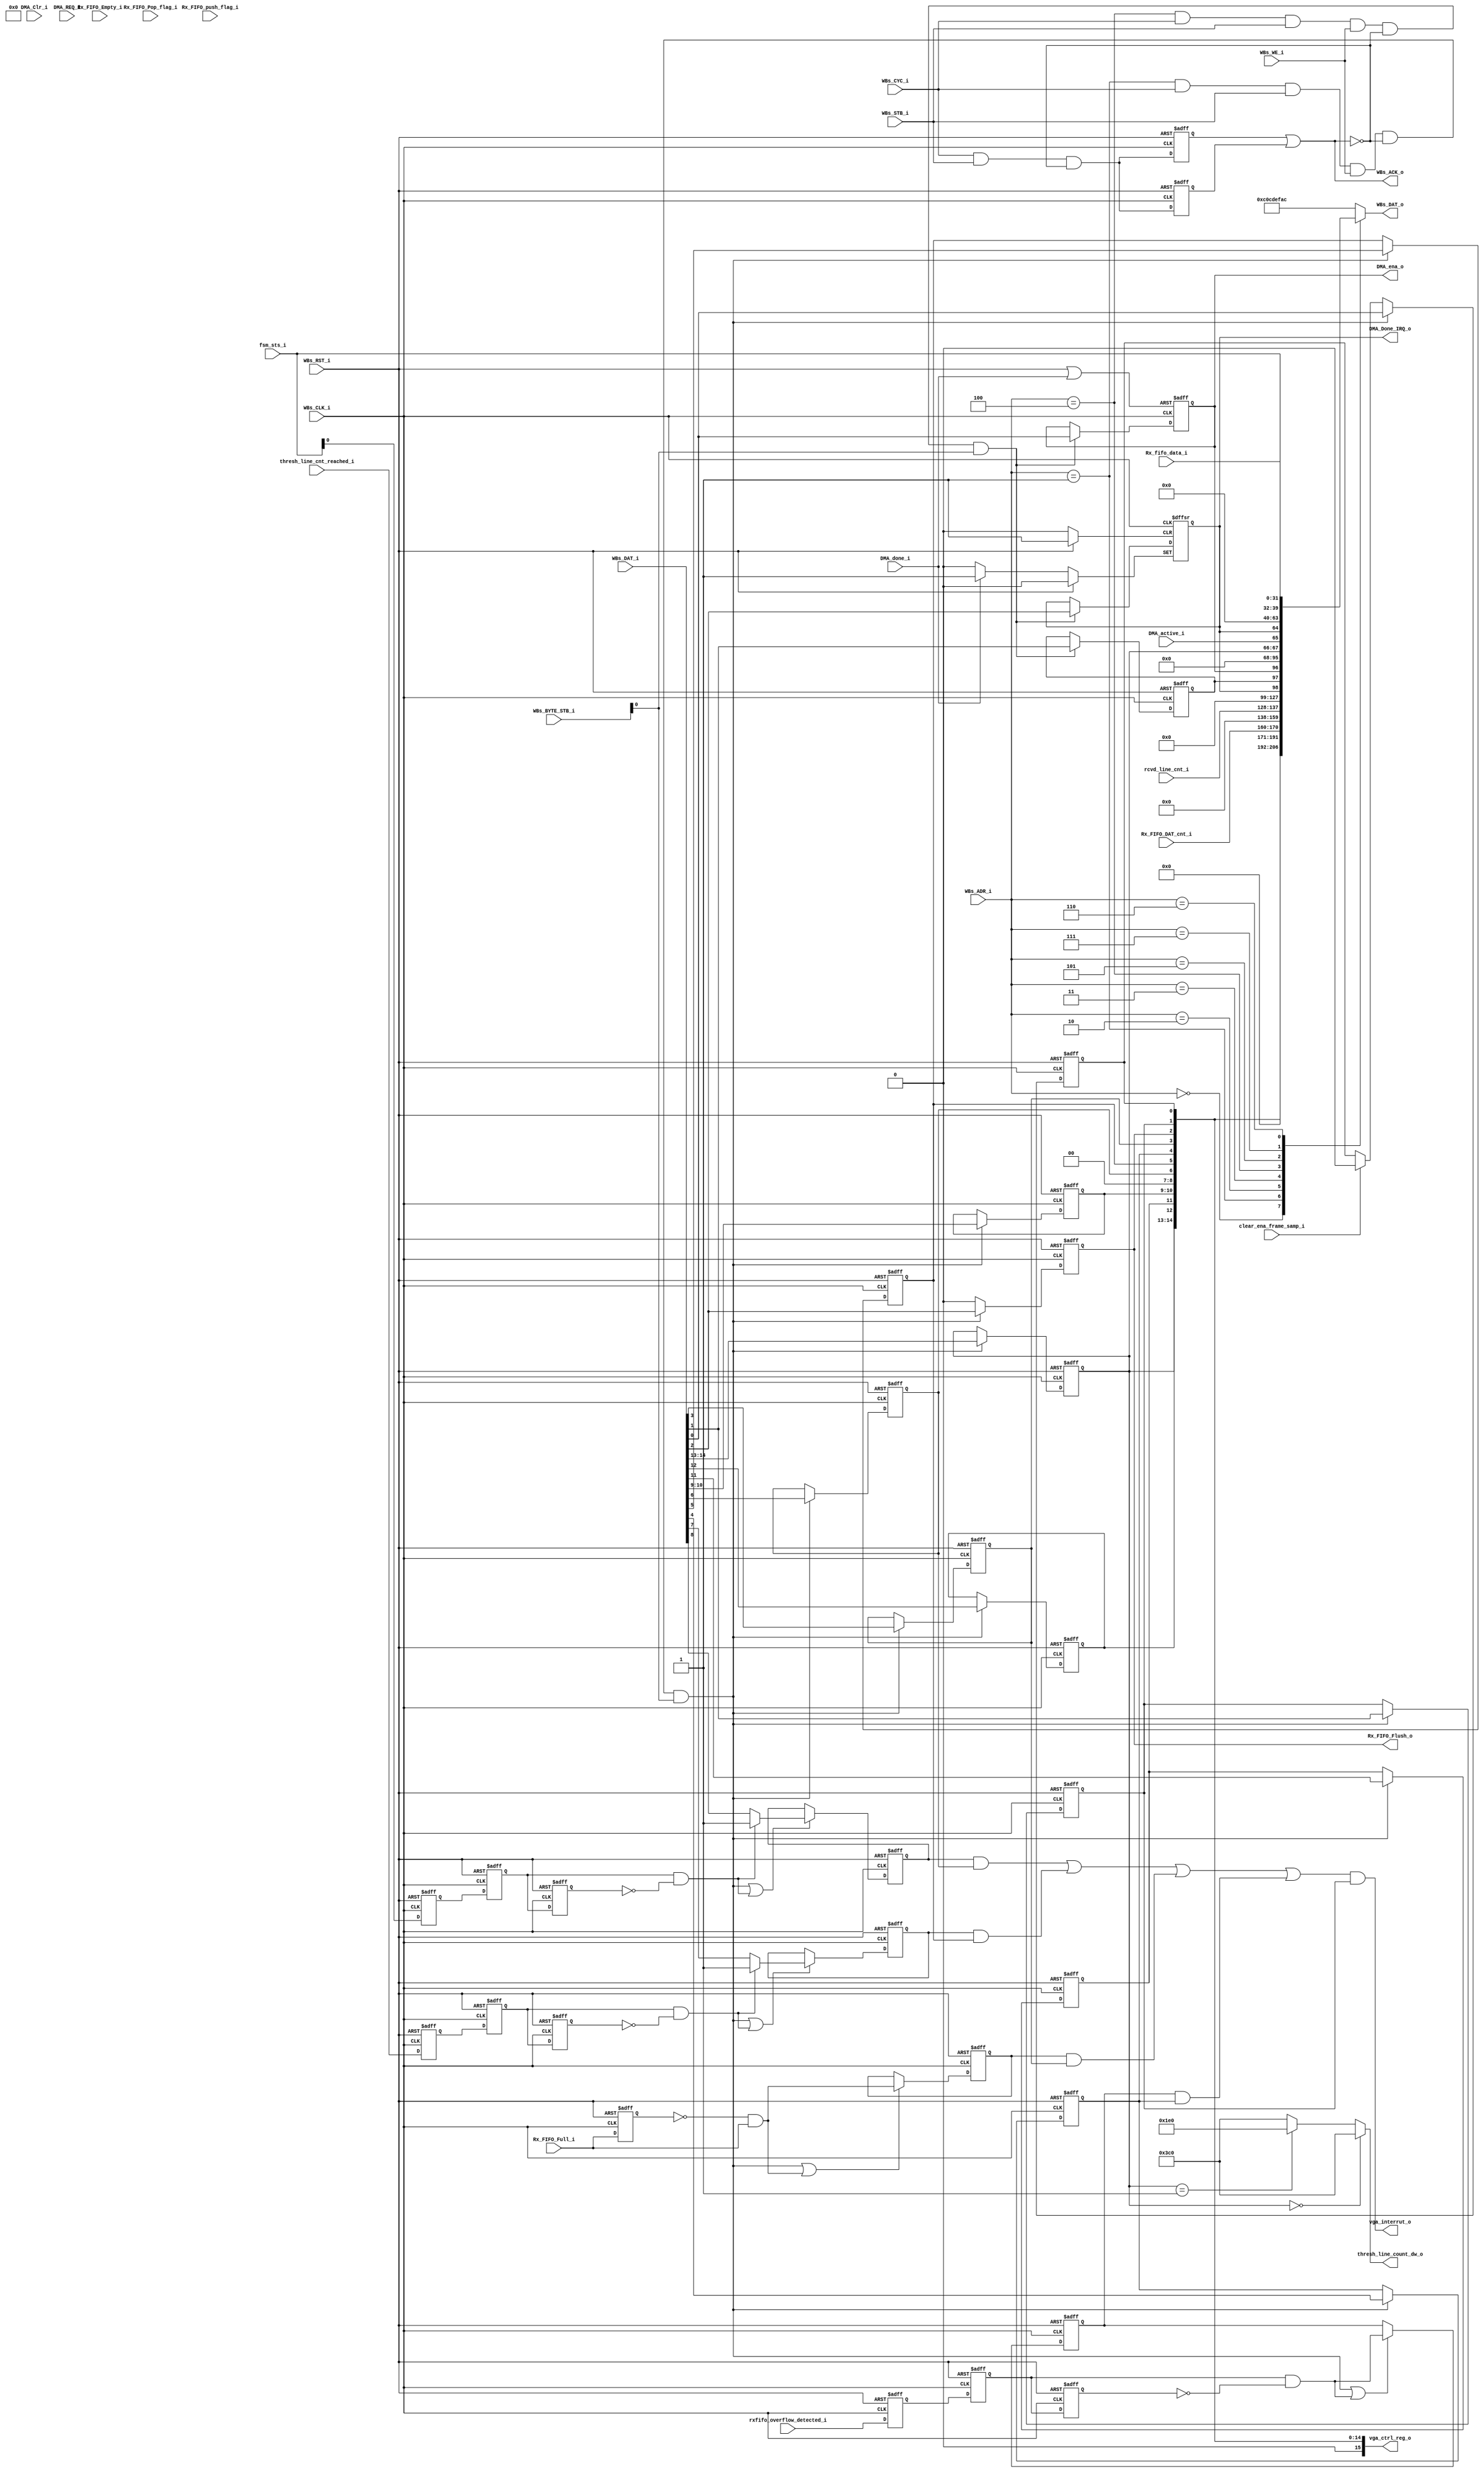
// -----------------------------------------------------------------------------
// title          : In VGA sample IP Module vga RX Register Module
// project        : Tamar2 Device
// -----------------------------------------------------------------------------
// company        : QuickLogic Corp
// last update    : 2016/11/09
// platform       : ArcticLink 4 S3B
// standard       : Verilog 2001
// -----------------------------------------------------------------------------
// description:  
// -----------------------------------------------------------------------------
// copyright (c) 2017
// -----------------------------------------------------------------------------
// revisions  :
// date            version    author         description
// 2017/11/09      1.0        Anand Wadke     Initial Release
//
// -----------------------------------------------------------------------------
// Comments: This solution is specifically for use with the QuickLogic
//           AL4S3B device. 
// -----------------------------------------------------------------------------
//

`timescale 1ns / 10ps
//`define SIM
`define NEW_LINE_THRESH_UPDATE
`define NOT_EMPTY_ASSP_CTRL_TRIG
module vga_rx_reg ( 

                         // AHB-To_Fabric Bridge I/F
                         //
                         WBs_CLK_i,
                         WBs_RST_i,

                         WBs_ADR_i,
                         WBs_CYC_i,
                         WBs_BYTE_STB_i,
                         WBs_WE_i,
                         WBs_STB_i,
                         WBs_DAT_i,
                         WBs_DAT_o,
                         WBs_ACK_o,
						 
						 Rx_fifo_data_i,

						 fsm_sts_i,
						 rcvd_line_cnt_i,
						 vga_interrut_o,
                         // Vga control status
						 vga_ctrl_reg_o,
                         clear_ena_frame_samp_i,	//from FSM					 

                         // Rx
						 thresh_line_cnt_reached_i,
						 rxfifo_overflow_detected_i,

						 Rx_FIFO_DAT_cnt_i,
						 
                         thresh_line_count_dw_o,						 

                         Rx_FIFO_Empty_i,
                         Rx_FIFO_Full_i,
						 Rx_FIFO_Pop_flag_i,
						 Rx_FIFO_push_flag_i,

                         Rx_FIFO_Flush_o,
						 
						 //DMA
						 DMA_done_i,	
						 DMA_active_i,
						 DMA_Done_IRQ_o,
						 DMA_Clr_i,
						 DMA_REQ_i,						 
						 DMA_ena_o

                         );


//------Port Parameters----------------
//

parameter       ADDRWIDTH                   	=   10           ;
parameter       DATAWIDTH                   	=  32           ;

//Parameters
parameter       IN_VGA_STATUS_REG_ADDR 		   = 5'h0 ;	
parameter       IN_VGA_CONTROL_REG_ADR		   = 5'h1 ;
parameter       IN_VGA_RX_FIFO_DATCNT_REG_ADR	   = 5'h2 ;
parameter       IN_VGA_RX_FIFO_LINECNT_REG_ADR   = 5'h3 ;
parameter       IN_VGA_DMA_CONTROL_REG_ADR	   = 5'h4 ;
parameter       IN_VGA_DMA_STATUS_REG_ADR	       = 5'h5 ;
parameter       IN_VGA_RGB_RXDATA_REG_ADR	       = 5'h6 ;
parameter       IN_VGA_DEBUG_REG_ADR	       	   = 5'h7 ;
parameter       IN_VGA_DEF_REG_VALUE			   = 32'hC0C_DEF_AC; // Distinguish access to undefined area


//------Port Signals-------------------
//

// AHB-To_Fabric Bridge I/F
//
input                    WBs_CLK_i       ; // Fabric Clock               from Fabric
input                    WBs_RST_i       ; // Fabric Reset               to   Fabric

input   [ADDRWIDTH-1:0]  WBs_ADR_i       ; // Address Bus                to   Fabric
input                    WBs_CYC_i       ; // Cycle Chip Select          to   Fabric
input             [1:0]  WBs_BYTE_STB_i  ;
input                    WBs_WE_i        ; // Write Enable               to   Fabric
input                    WBs_STB_i       ; // Strobe Signal              to   Fabric
input   [DATAWIDTH-1:0]  WBs_DAT_i       ; // Write Data Bus             to   Fabric
output  [DATAWIDTH-1:0]  WBs_DAT_o       ; // Read Data Bus              from Fabric
output                   WBs_ACK_o       ; // Transfer Cycle Acknowledge from Fabric

input 	[DATAWIDTH-1:0]  Rx_fifo_data_i;

// Command Queue
//
input            [7:0]   fsm_sts_i       ;
input            [9:0]   rcvd_line_cnt_i       ;

output            	     vga_interrut_o  ;
output          [15:0]   vga_ctrl_reg_o  ;
input 					 clear_ena_frame_samp_i;

input          			thresh_line_cnt_reached_i;
input          			rxfifo_overflow_detected_i;	
input             [10:0]  Rx_FIFO_DAT_cnt_i ;

output          [9:0]	thresh_line_count_dw_o;	

input                    Rx_FIFO_Empty_i ;
input                    Rx_FIFO_Full_i  ;
input             [3:0]  Rx_FIFO_Pop_flag_i ;
input             [3:0]  Rx_FIFO_push_flag_i ;

output                   Rx_FIFO_Flush_o ;

input                    DMA_done_i	 ;
input                    DMA_active_i ;
output                   DMA_Done_IRQ_o ;
input	 				 DMA_Clr_i;
input	 				 DMA_REQ_i; 
output                   DMA_ena_o ;


// Fabric Global Signals
//
wire                     WBs_CLK_i       ; // Wishbone Fabric Clock
wire                     WBs_RST_i       ; // Wishbone Fabric Reset
// Wishbone Bus Signals
//
wire    [ADDRWIDTH-1:0]  WBs_ADR_i       ; // Wishbone Address Bus
wire                     WBs_CYC_i       ; // Wishbone Client Cycle  Strobe (i.e. Chip Select)
wire              [1:0]  WBs_BYTE_STB_i  ;
wire                     WBs_WE_i        ; // Wishbone Write  Enable Strobe
wire                     WBs_STB_i       ; // Wishbone Transfer      Strobe
wire    [DATAWIDTH-1:0]  WBs_DAT_i       ; // Wishbone Write  Data Bus
 
reg     [DATAWIDTH-1:0]  WBs_DAT_o       ; // Wishbone Read   Data Bus

reg                      WBs_ACK_vga_cntr       ; // Wishbone Client Acknowledge
reg                      WBs_ACK_dma_cntr       ; // Wishbone Client Acknowledge

wire                     Rx_FIFO_Empty_i ;
wire                     Rx_FIFO_Full_i  ;

//wire              [3:0]  Rx_FIFO_Pop_flag_i ;
//wire              [3:0]  Rx_FIFO_push_flag_i ;


wire                     VGA_CTRL_Wr_Dcd;    
wire                     VGA_DMA_CTRL_Wr_Dcd;    

wire                     rxfifofullIntr_Sts_Dcd  ;
reg                      Rx_FIFO_FULL_i_1ff ;

reg 					 dma_ena;
wire 					 frame_receive_done;
reg 					 frame_rcvd_Done_IRQ;
reg 					 trigg_line_rcvd_IRQ;
reg 					 fifo_full_IRQ;
reg 					 fifo_overflow_IRQ;
reg 					 DMA_Done_IRQ;
reg 					 DMA_Done_IRQ_EN;

//Control Reg signals
reg 					 frame_receive_ena;
reg 					 master_intr_ena;
reg                      Rx_FIFO_Flush ;
reg                      Rx_FIFO_Full_intr_ena ;
reg                      Rx_FIFO_overflow_intr_ena ;
reg                      Rx_FIFO_threhold_line_intr_ena ;
reg                      Rx_frame_recived_intr_ena ;
reg      [1:0]           Rx_sel_frame_size ;
reg                      Rx_alternate_byte_sel ;
reg                      Rx_alternate_byte_posi ;
reg 	 [1:0]           line_threshold_sel;  


wire 					frame_xfer_intr;        	
wire                    rxfifo_linethreshold_intr;
wire                    rxfifo_full_intr;        	
wire                    rxfifo_overflow_intr; 

wire   [9:0]            line_count_320_dw;    
wire   [9:0]            line_count_640_dw;    

wire					dma_rst;

reg thresh_line_cnt_reached_r1,thresh_line_cnt_reached_r2,thresh_line_cnt_reached_r3;
wire thresh_line_cnt_reached_w;
reg frame_receive_done_r1,frame_receive_done_r2,frame_receive_done_r3;
wire frame_receive_done_w;
reg rxfifo_overflow_detected_r1,rxfifo_overflow_detected_r2,rxfifo_overflow_detected_r3;
wire rxfifo_overflow_detected_w;

//pragma attribute DMA_done_i preserve_signal true
//pragma attribute dma_ena preserve_signal true
//pragma attribute DMA_Done_IRQ preserve_signal true

//------Logic Operations---------------
//
// Determine each register decode
//
assign DMA_Done_IRQ_o               = DMA_Done_IRQ;
assign VGA_CTRL_Wr_Dcd  			= ( WBs_ADR_i == IN_VGA_CONTROL_REG_ADR ) & WBs_CYC_i & WBs_STB_i & WBs_WE_i & (~WBs_ACK_o) ;
assign VGA_DMA_CTRL_Wr_Dcd  		= ( WBs_ADR_i == IN_VGA_DMA_CONTROL_REG_ADR ) & WBs_CYC_i & WBs_STB_i & WBs_WE_i & (~WBs_ACK_o) ;

// Define the Acknowledge back to the host for registers
//
assign WBs_ACK_o_nxt                = WBs_CYC_i & WBs_STB_i & (~WBs_ACK_o);
assign WBs_ACK_o					= WBs_ACK_vga_cntr | WBs_ACK_dma_cntr;

assign DMA_ena_o                    = dma_ena;

assign Rx_FIFO_Flush_o				= Rx_FIFO_Flush;

assign frame_receive_done 			= fsm_sts_i[0];

`ifdef NEW_LINE_THRESH_UPDATE

assign thresh_line_count_dw_o       = 	(line_threshold_sel == 2'b00) ? 10'd960 : 	
									    (line_threshold_sel == 2'b01) ? 10'd480 : 10'd960;


`else

assign line_count_320_dw            =   (line_threshold_sel == 2'b00) ? 10'd960 : 
									    (line_threshold_sel == 2'b01) ? 10'd480 :
										(line_threshold_sel == 2'b10) ? 10'd240 : 10'd120 ;

/* assign line_count_640_dw            =   (line_threshold_sel == 2'b00) ? 10'd960 : 
									    (line_threshold_sel == 2'b01) ? 10'd960 :
										(line_threshold_sel == 2'b10) ? 10'd480 : 10'd240 ;	 */
//New Update November 19										
assign line_count_640_dw            =   (line_threshold_sel == 2'b00) ? 10'd960 : 
									    (line_threshold_sel == 2'b01) ? 10'd640 :
										(line_threshold_sel == 2'b10) ? 10'd320 : 10'd960 ;										
										

//assign thresh_line_count_dw_o       =   (Rx_sel_frame_size[0]==0) ? line_count_320_dw : line_count_640_dw;
assign thresh_line_count_dw_o       =   (Rx_sel_frame_size[0]==0) ? 
										((Rx_alternate_byte_sel==1) ? line_count_320_dw : {line_count_320_dw,1'b0}): 
										line_count_640_dw;
`endif										



assign vga_ctrl_reg_o               = { 1'b0,line_threshold_sel,
											 Rx_alternate_byte_posi,
											 Rx_alternate_byte_sel,
										     Rx_sel_frame_size,
											 1'b0,
											 1'b0,
											 Rx_frame_recived_intr_ena,
											 Rx_FIFO_threhold_line_intr_ena,
                                             Rx_FIFO_overflow_intr_ena,
                                             Rx_FIFO_Full_intr_ena,
											 Rx_FIFO_Flush, 
											 master_intr_ena,		
											 frame_receive_ena};	







assign thresh_line_cnt_reached_w = thresh_line_cnt_reached_r2 & ~thresh_line_cnt_reached_r3;

always @( posedge WBs_CLK_i or posedge WBs_RST_i)
begin
    if (WBs_RST_i)
    begin
	   thresh_line_cnt_reached_r1 <= 1'b0;
	   thresh_line_cnt_reached_r2 <= 1'b0;
	   thresh_line_cnt_reached_r3 <= 1'b0;
	   
	end
	else
	begin
	   thresh_line_cnt_reached_r1 <= thresh_line_cnt_reached_i;
	   thresh_line_cnt_reached_r2 <= thresh_line_cnt_reached_r1;	  
	   thresh_line_cnt_reached_r3 <= thresh_line_cnt_reached_r2;	  
	end
end	



assign frame_receive_done_w = frame_receive_done_r2 & ~frame_receive_done_r3;

always @( posedge WBs_CLK_i or posedge WBs_RST_i)
begin
    if (WBs_RST_i)
    begin
	   frame_receive_done_r1 <= 1'b0;
	   frame_receive_done_r2 <= 1'b0;
	   frame_receive_done_r3 <= 1'b0;
	   
	end
	else
	begin
	   frame_receive_done_r1 <= frame_receive_done;
	   frame_receive_done_r2 <= frame_receive_done_r1;	  
	   frame_receive_done_r3 <= frame_receive_done_r2;	  
	end
end

assign rxfifo_overflow_detected_w = rxfifo_overflow_detected_r2 & ~rxfifo_overflow_detected_r3;

always @( posedge WBs_CLK_i or posedge WBs_RST_i)
begin
    if (WBs_RST_i)
    begin
	   rxfifo_overflow_detected_r1 <= 1'b0;
	   rxfifo_overflow_detected_r2 <= 1'b0;
	   rxfifo_overflow_detected_r3 <= 1'b0;
	   
	end
	else
	begin
	   rxfifo_overflow_detected_r1 <= rxfifo_overflow_detected_i;
	   rxfifo_overflow_detected_r2 <= rxfifo_overflow_detected_r1;	  
	   rxfifo_overflow_detected_r3 <= rxfifo_overflow_detected_r2;	  
	end
end
											 

// Define the Fabric's Local Registers
//
always @( posedge WBs_CLK_i or posedge WBs_RST_i)
begin
    if (WBs_RST_i)
    begin

        Rx_FIFO_FULL_i_1ff  			<=  1'b0;
		
		frame_rcvd_Done_IRQ         	<=  1'b0;
		trigg_line_rcvd_IRQ         	<=  1'b0;
		fifo_full_IRQ					<=  1'b0;		
		fifo_overflow_IRQ				<=  1'b0;		
		
		frame_receive_ena				<= 1'b0;		
		master_intr_ena					<= 1'b0;
		Rx_FIFO_Flush 					<= 1'b0;
		Rx_FIFO_Full_intr_ena 			<= 1'b0;
		Rx_FIFO_overflow_intr_ena 		<= 1'b0;
		Rx_FIFO_threhold_line_intr_ena 	<= 1'b0;
		Rx_frame_recived_intr_ena 		<= 1'b0;
		Rx_sel_frame_size 				<= 2'b00;
		Rx_alternate_byte_sel 			<= 1'b0;
		Rx_alternate_byte_posi 			<= 1'b0;
		line_threshold_sel				<= 2'b00;

        WBs_ACK_vga_cntr            <=  1'b0;
    end  
    else
    begin
        // FIFO Control Register
        if ( VGA_CTRL_Wr_Dcd && WBs_BYTE_STB_i[0])
        begin

			frame_receive_ena				<=  WBs_DAT_i[0];	
			master_intr_ena					<=  WBs_DAT_i[1];	
			Rx_FIFO_Flush 					<=  WBs_DAT_i[2];	
			Rx_FIFO_Full_intr_ena 			<=  WBs_DAT_i[3]; 	
			Rx_FIFO_overflow_intr_ena 		<=  WBs_DAT_i[4];	
			Rx_FIFO_threhold_line_intr_ena 	<=  WBs_DAT_i[5];	
			Rx_frame_recived_intr_ena 		<=  WBs_DAT_i[6];	
			Rx_sel_frame_size 				<=  WBs_DAT_i[10:9];	
			Rx_alternate_byte_sel 			<=  WBs_DAT_i[11];	
			Rx_alternate_byte_posi 			<=  WBs_DAT_i[12]; 	
			line_threshold_sel				<=  WBs_DAT_i[14:13]; 	  
			
        end
		else
		begin
			Rx_FIFO_Flush     			<=  1'b0;
		    if (clear_ena_frame_samp_i==1'b1)
			begin
		       frame_receive_ena	    <=  1'b0;
			end
		end
		

		
        // Determine the Interrupt Status
		//if ( (VGA_CTRL_Wr_Dcd && WBs_BYTE_STB_i[0]) || thresh_line_cnt_reached_i)
		if ( (VGA_CTRL_Wr_Dcd && WBs_BYTE_STB_i[0]) || thresh_line_cnt_reached_w)
        begin
            trigg_line_rcvd_IRQ   <=  thresh_line_cnt_reached_w ? 1'b1 : WBs_DAT_i[7];
        end	
		
		//if ( (VGA_CTRL_Wr_Dcd && WBs_BYTE_STB_i[0]) || frame_receive_done)
		if ( (VGA_CTRL_Wr_Dcd && WBs_BYTE_STB_i[0]) || frame_receive_done_w)
        begin
            frame_rcvd_Done_IRQ   <=  frame_receive_done_w ? 1'b1 : WBs_DAT_i[8];
        end
		
        if ( (VGA_CTRL_Wr_Dcd && WBs_BYTE_STB_i[0]) || rxfifofullIntr_Sts_Dcd)
        begin
            fifo_full_IRQ   <=  rxfifofullIntr_Sts_Dcd;
        end

        //if ( (VGA_CTRL_Wr_Dcd && WBs_BYTE_STB_i[0]) || rxfifo_overflow_detected_i)
        if ( (VGA_CTRL_Wr_Dcd && WBs_BYTE_STB_i[0]) || rxfifo_overflow_detected_w)
        begin
            fifo_overflow_IRQ   <=  rxfifo_overflow_detected_w;
        end		
		
        Rx_FIFO_FULL_i_1ff   <=  Rx_FIFO_Full_i;
        WBs_ACK_vga_cntr     <=  WBs_ACK_o_nxt;
    end  
end


// Detect when the Rx FIFO has become Full
assign rxfifofullIntr_Sts_Dcd    =  ((~Rx_FIFO_FULL_i_1ff) & Rx_FIFO_Full_i);
// Determine the interrupt output
assign frame_xfer_intr        			= (frame_rcvd_Done_IRQ && Rx_frame_recived_intr_ena);
assign rxfifo_linethreshold_intr        = (trigg_line_rcvd_IRQ && Rx_FIFO_threhold_line_intr_ena);
assign rxfifo_full_intr        			= (fifo_full_IRQ && Rx_FIFO_Full_intr_ena);
assign rxfifo_overflow_intr        		= (fifo_overflow_IRQ && Rx_FIFO_overflow_intr_ena);

assign vga_interrut_o  = (frame_xfer_intr | rxfifo_linethreshold_intr | rxfifo_full_intr | rxfifo_overflow_intr) & master_intr_ena;


//Write control to DMA register
// Define the Fabric's Local Registers
`ifdef NOT_EMPTY_ASSP_CTRL_TRIG
always @( posedge WBs_CLK_i or posedge WBs_RST_i )
begin
    if (WBs_RST_i)
    begin
		DMA_Done_IRQ_EN 		 <= 1'b0; 
		WBs_ACK_dma_cntr         <=  1'b0;
	end
    else
    begin
		if ( VGA_DMA_CTRL_Wr_Dcd && WBs_BYTE_STB_i[0]) 
            DMA_Done_IRQ_EN  <=  WBs_DAT_i[1];	
			
        WBs_ACK_dma_cntr               <=  WBs_ACK_o_nxt;
    end
end

assign dma_rst = WBs_RST_i | DMA_done_i ;
always @( posedge WBs_CLK_i or posedge dma_rst )
begin
    if (dma_rst)
    begin
		dma_ena	 	  			 <= 1'b0;
    end  
    else
    begin
        if ( VGA_DMA_CTRL_Wr_Dcd && WBs_BYTE_STB_i[0])
            dma_ena  <=  WBs_DAT_i[0];
    end  
end

always @( posedge WBs_CLK_i or posedge WBs_RST_i or posedge DMA_done_i)
begin
    if (WBs_RST_i)
    begin
		DMA_Done_IRQ    	     <= 1'b0;
    end 
    else if (DMA_done_i)
		DMA_Done_IRQ    	     <= 1'b1;
    else
    begin
		if ( (VGA_DMA_CTRL_Wr_Dcd && WBs_BYTE_STB_i[0]))
        begin
           DMA_Done_IRQ   <=  WBs_DAT_i[2];
        end
    end  
end

`else
always @( posedge WBs_CLK_i or posedge WBs_RST_i)
begin
    if (WBs_RST_i)
    begin

		dma_ena	 	  			 <= 1'b0;
		DMA_Done_IRQ_EN 		 <= 1'b0; 
		DMA_Done_IRQ    	     <= 1'b0;
				
		WBs_ACK_dma_cntr         <=  1'b0;
    end  
    else
    begin
	
        if ( VGA_DMA_CTRL_Wr_Dcd && WBs_BYTE_STB_i[0])
            dma_ena  <=  WBs_DAT_i[0];
		else if (DMA_Clr_i)
			dma_ena  <=  1'b0;
			
		if ( VGA_DMA_CTRL_Wr_Dcd && WBs_BYTE_STB_i[0]) 
            DMA_Done_IRQ_EN  <=  WBs_DAT_i[1];
			
		if ( (VGA_DMA_CTRL_Wr_Dcd && WBs_BYTE_STB_i[0]) || DMA_done_i)
        begin
            DMA_Done_IRQ   <=  DMA_done_i ? 1'b1 : WBs_DAT_i[2];
        end
		
        WBs_ACK_dma_cntr               <=  WBs_ACK_o_nxt;
    end  
end
`endif

// Define the how to read the local registers and memory
//
always @(
         WBs_ADR_i                    	or
		 
         rcvd_line_cnt_i               	or
         Rx_FIFO_DAT_cnt_i             	or
         
		 frame_rcvd_Done_IRQ     		or    	
		 trigg_line_rcvd_IRQ         	or 
		 fifo_full_IRQ					or 
		 fifo_overflow_IRQ				or 
		 frame_receive_ena				or 
		 master_intr_ena				or 	
		 Rx_FIFO_Flush 					or 
		 Rx_FIFO_Full_intr_ena 			or 
		 Rx_FIFO_overflow_intr_ena 		or 
		 Rx_FIFO_threhold_line_intr_ena or 	
		 Rx_frame_recived_intr_ena 		or 
		 Rx_sel_frame_size 				or 
		 Rx_alternate_byte_sel 			or 
		 Rx_alternate_byte_posi 		or 	
		 line_threshold_sel				or 
         dma_ena						or	 	  	
         DMA_Done_IRQ_EN                or
         DMA_Done_IRQ                   or
		 fsm_sts_i                      or
		 DMA_active_i                   or
		 Rx_fifo_data_i

 )
 begin
    case(WBs_ADR_i[ADDRWIDTH-1:0])
		IN_VGA_STATUS_REG_ADDR        : WBs_DAT_o <= { 28'h0, 
														 frame_rcvd_Done_IRQ,
														 trigg_line_rcvd_IRQ,
														 fifo_overflow_IRQ,
                                                         fifo_full_IRQ      };

		IN_VGA_CONTROL_REG_ADR	    : WBs_DAT_o <= { 17'h0, 		
														line_threshold_sel,
                                                        Rx_alternate_byte_posi,
													    Rx_alternate_byte_sel,
													    Rx_sel_frame_size,
													    1'b0,
													    1'b0,
													    Rx_frame_recived_intr_ena,
													    Rx_FIFO_threhold_line_intr_ena,
                                                        Rx_FIFO_overflow_intr_ena,
                                                        Rx_FIFO_Full_intr_ena,
													    Rx_FIFO_Flush, 
														master_intr_ena,		
														frame_receive_ena};		
    
		IN_VGA_RX_FIFO_DATCNT_REG_ADR  : WBs_DAT_o <= 	{21'h0,Rx_FIFO_DAT_cnt_i};
	
		IN_VGA_RX_FIFO_LINECNT_REG_ADR : WBs_DAT_o <= 	{21'h0,rcvd_line_cnt_i};
	
		IN_VGA_DMA_CONTROL_REG_ADR     : WBs_DAT_o <=     { 29'h0, DMA_Done_IRQ, DMA_Done_IRQ_EN,dma_ena};
	
		IN_VGA_DMA_STATUS_REG_ADR		 : WBs_DAT_o <=     { 28'h0, line_threshold_sel, DMA_active_i,DMA_Done_IRQ};
	
		IN_VGA_DEBUG_REG_ADR		 	 : WBs_DAT_o <=     { 24'h0, fsm_sts_i};
		
		IN_VGA_RGB_RXDATA_REG_ADR 	 : WBs_DAT_o <=      Rx_fifo_data_i;
	
		default                          : WBs_DAT_o <=      IN_VGA_DEF_REG_VALUE ;
	endcase
end

`ifdef SIM
reg [10:0] line_interrupt_count;
initial
begin
    line_interrupt_count <= 0;
end

always @(posedge thresh_line_cnt_reached_i or posedge frame_receive_done)
begin
     if (frame_receive_done)
	 begin
		line_interrupt_count <= 0;
	 end
	 else
	 begin
	   line_interrupt_count <= line_interrupt_count+1;
	 
     end
end

`endif

endmodule